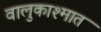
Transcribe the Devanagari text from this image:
वालुकाश्मात